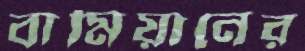
বামিয়ানের